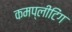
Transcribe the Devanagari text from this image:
कमप्लीटिंग